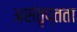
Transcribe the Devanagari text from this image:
असंतृप्तता